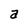
Character: a